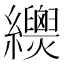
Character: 𦇳